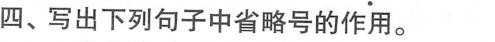
四、写出下列句子中省略号的作用。)